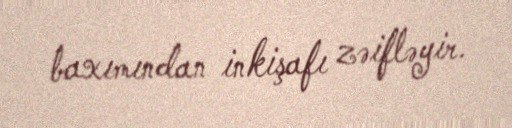
baxımından inkişafı zəifləyir.